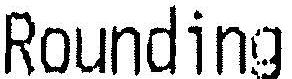
ROUNDING